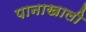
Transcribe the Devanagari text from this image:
पानाखाली